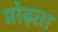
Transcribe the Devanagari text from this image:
प्रोढ़ता